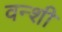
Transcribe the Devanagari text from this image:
वन्शी